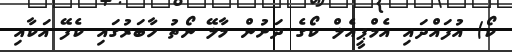
ކޯ) އުފައްދައި އެމްޕީއެލް ކޯގެ ދަށުން މާލޭ ނޯތު ހާބަރުގައި ކެފޭ އަކާއި